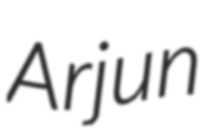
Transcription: Arjun